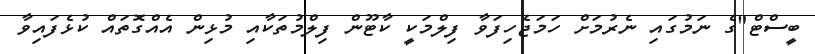
ބީސްޓް"ގެ ނަމުގައި ނެރުމަށް ހަމަޖެހިފަވާ ފިލްމަކީ ކާޓޫން ފިލްމުތަކާއި މުޅިން އެއްގޮތައް ކުޅެފައިވާ